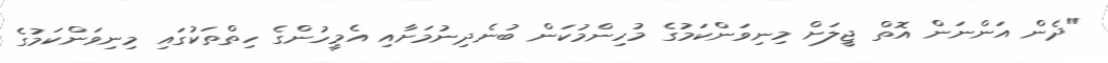
"ދެން އަންނަން އޮތް ޖީލަށް މިނިވަންކަމުގެ މުހިންމުކަން ބުނެދިނުމަށާއި އެމީހުންގެ ހިތްތަކުގައި މިނިވަންކަމުގެ